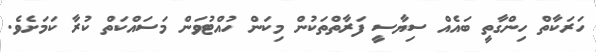
ހަރަކާތް ހިންގާތީ ބައެއް ސިޔާސީ ފަރާތްތަކުން މިކަން ހުއްޓުވަން މަސައްކަތް ކުރާ ކަމަށެވެ.